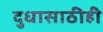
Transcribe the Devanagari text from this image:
दुधासाठीही